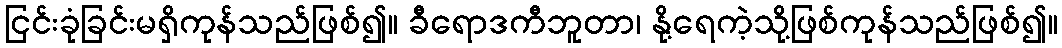
ငြင်းခုံခြင်းမရှိကုန်သည်ဖြစ်၍။ ခီရောဒကီဘူတာ၊ နို့ရေကဲ့သို့ဖြစ်ကုန်သည်ဖြစ်၍။